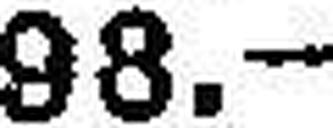
98.—